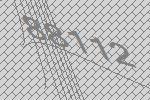
88112